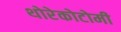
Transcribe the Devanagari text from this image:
थोरेकोटोमी